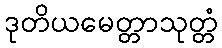
ဒုတိယမေတ္တာသုတ္တံ